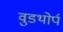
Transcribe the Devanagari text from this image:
वुडथोर्प